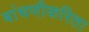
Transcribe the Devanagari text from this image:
बांधणीकरिता